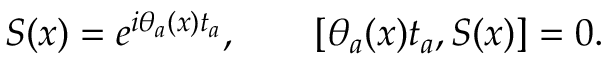
S ( x ) = e ^ { i \theta _ { a } ( x ) t _ { a } } , \qquad [ \theta _ { a } ( x ) t _ { a } , S ( x ) ] = 0 .